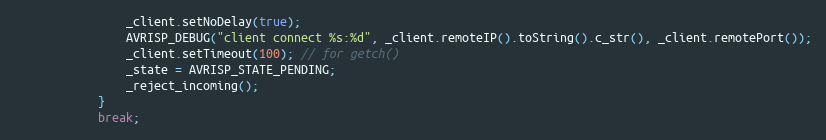
Language: C++
                _client.setNoDelay(true);
                AVRISP_DEBUG("client connect %s:%d", _client.remoteIP().toString().c_str(), _client.remotePort());
                _client.setTimeout(100); // for getch()
                _state = AVRISP_STATE_PENDING;
                _reject_incoming();
            }
            break;